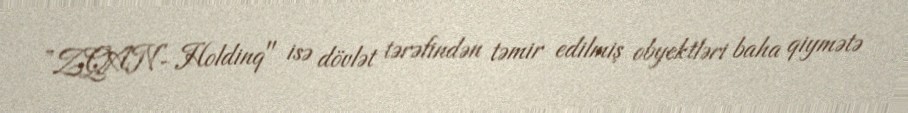
”ZQAN- Holdinq" isə dövlət tərəfindən təmir edilmiş obyektləri baha qiymətə